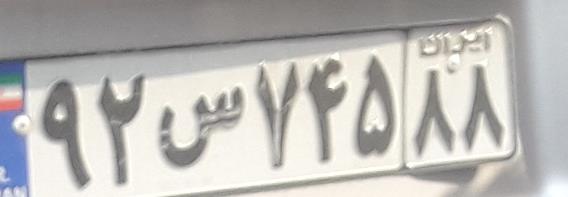
۹۲س۷۴۵۸۸